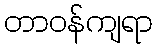
တာဝန်ကျရာ